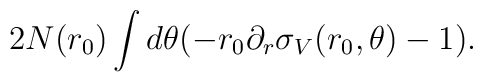
2 N(r_0) \int d\theta (-r_0 \partial_r\sigma_V(r_0,\theta)-1).